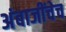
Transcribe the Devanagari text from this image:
अंबाजींचेच